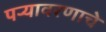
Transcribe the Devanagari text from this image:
पऱ्यावरणाचे